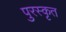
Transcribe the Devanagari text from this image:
पुरस्‍कृत